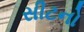
સીટનો